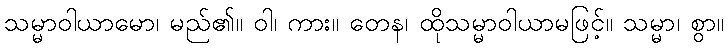
သမ္မာဝါယာမော၊ မည်၏။ ဝါ၊ ကား။ တေန၊ ထိုသမ္မာဝါယာမဖြင့်။ သမ္မာ၊ စွာ။